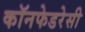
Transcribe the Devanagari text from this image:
कॉनफेडरेसी